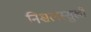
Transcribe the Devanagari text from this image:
निश्चलस्सुखी